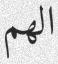
الھم